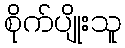
စိုက်ပျိုးသူ